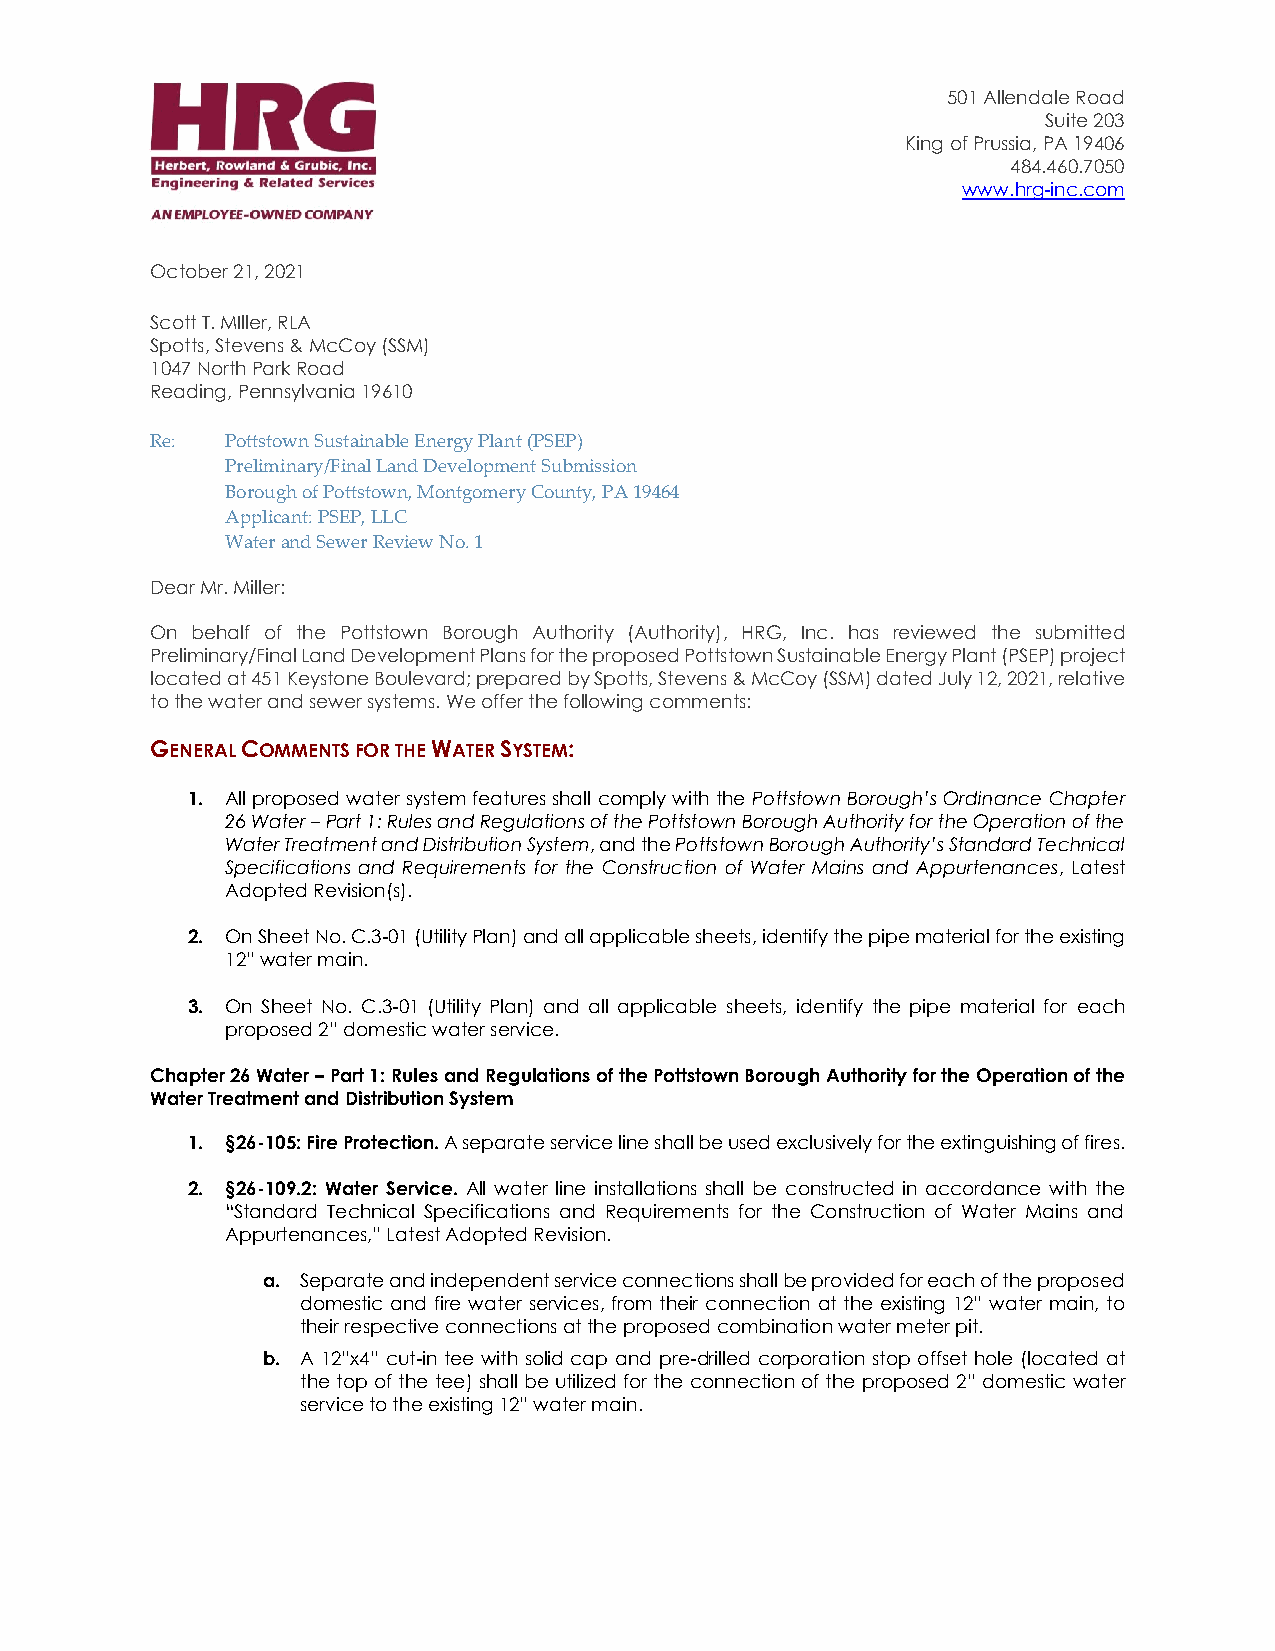
501 Allendale Road
 Suite 203
 King of Prussia, PA 19406
 484.460.7050
 www.hrg-inc.com
 October 21, 2021
 Scott T. MIller, RLA
 Spotts, Stevens & McCoy (SSM)
 1047 North Park Road
 Reading, Pennsylvania 19610
 Re:  Pottstown Sustainable Energy Plant (PSEP)
 Preliminary/Final Land Development Submission
 Borough of Pottstown, Montgomery County, PA 19464
 Applicant: PSEP, LLC
 Water and Sewer Review No. 1
 Dear Mr. Miller:
 On behalf of the Pottstown Borough Authority (Authority), HRG, Inc. has reviewed the submitted
 Preliminary/Final Land Development Plans for the proposed Pottstown Sustainable Energy Plant (PSEP) project
 located at 451 Keystone Boulevard; prepared by Spotts, Stevens & McCoy (SSM) dated July 12, 2021, relative
 to the water and sewer systems. We offer the following comments:
 GENERAL COMMENTS FOR THE WATER SYSTEM:
 1. All proposed water system features shall comply with the Pottstown Borough’s Ordinance Chapter
 26 Water – Part 1: Rules and Regulations of the Pottstown Borough Authority for the Operation of the
 Water Treatment and Distribution System, and the Pottstown Borough Authority’s Standard Technical
 Specifications and Requirements for the Construction of Water Mains and Appurtenances, Latest
 Adopted Revision(s).
 2. On Sheet No. C.3-01 (Utility Plan) and all applicable sheets, identify the pipe material for the existing
 12” water main.
 3. On Sheet No. C.3-01 (Utility Plan) and all applicable sheets, identify the pipe material for each
 proposed 2” domestic water service.
 Chapter 26 Water – Part 1: Rules and Regulations of the Pottstown Borough Authority for the Operation of the
 Water Treatment and Distribution System
 1. §26-105: Fire Protection. A separate service line shall be used exclusively for the extinguishing of fires.
 2. §26-109.2: Water Service. All water line installations shall be constructed in accordance with the
 “Standard Technical Specifications and Requirements for the Construction of Water Mains and
 Appurtenances,” Latest Adopted Revision.
 a. Separate and independent service connections shall be provided for each of the proposed
 domestic and fire water services, from their connection at the existing 12” water main, to
 their respective connections at the proposed combination water meter pit.
 b. A 12”x4” cut-in tee with solid cap and pre-drilled corporation stop offset hole (located at
 the top of the tee) shall be utilized for the connection of the proposed 2” domestic water
 service to the existing 12” water main.